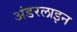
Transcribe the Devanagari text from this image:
अंडरलाइन